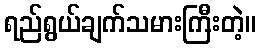
ရည်ရွယ်ချက်သမားကြီးတဲ့။